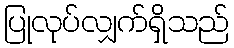
ပြုလုပ်လျှက်ရှိသည်